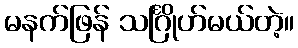
မနက်ဖြန် သင်္ဂြိုဟ်မယ်တဲ့။